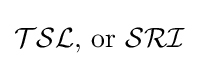
{\mathcal {TSL}}{\text{, or }}{\mathcal {SRI}}